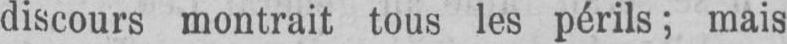
discours montrait tous les périls; mais